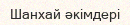
Шанхай әкімдері